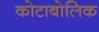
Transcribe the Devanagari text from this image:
कोटाबोलिक